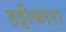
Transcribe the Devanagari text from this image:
हट्टीकारा